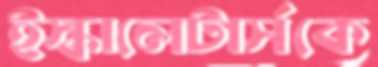
ইস্কালেটার্সকে